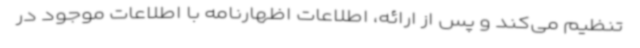
تنظیم می‌کند و پس از ارائه، اطلاعات اظهارنامه با اطلاعات موجود در